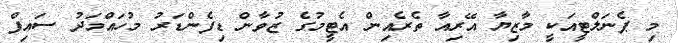
މި ޕެނަލްޓީއަކީ މާޒިޔާ އޭރިއާ ތެރެއިން އެޓީމުގެ ޒުވާން ޑިފެންޑަރު މުހައްމަދު ސައިފް